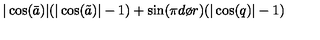
| \cos ( \bar { a } ) | ( | \cos ( \tilde { a } ) | - 1 ) + \sin ( { { \pi d } \o { r } } ) ( | \cos ( q ) | - 1 )